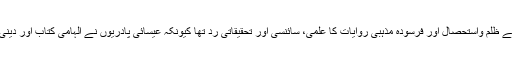
یہ تحریک دراصل پاپائیت (کلیسا کی حکومت) کے ظلم واستحصال اور فرسودہ مذہبی روایات کا علمی، سائنسی اور تحقیقاتی رد تھا کیونکہ عیسائی پادریوں نے الہامی کتاب اور دینی تعلیمات کو اپنی خواہشات کے تحت بدل ڈالا تھا۔